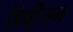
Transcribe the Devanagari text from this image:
डिवी़जन